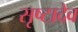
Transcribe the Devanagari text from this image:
सृष्टादेव